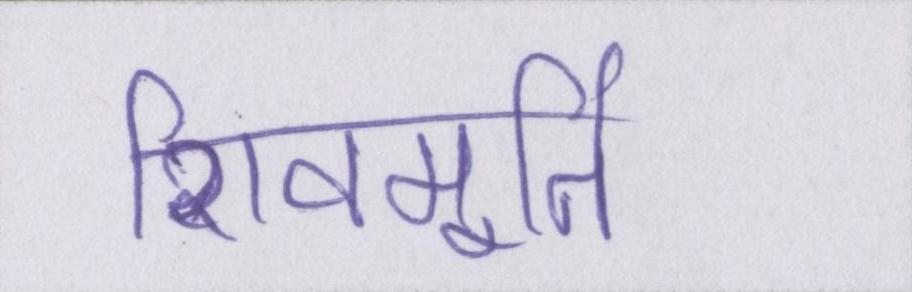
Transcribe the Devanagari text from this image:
शिवमूर्ति